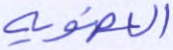
العضوية